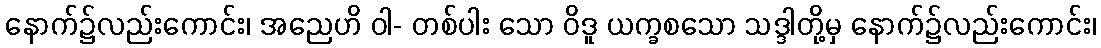
နောက်၌လည်းကောင်း၊ အညေဟိ ဝါ- တစ်ပါး သော ဝိဒူ ယက္ခစသော သဒ္ဒါတို့မှ နောက်၌လည်းကောင်း၊